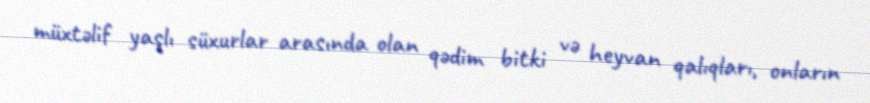
müxtəlif yaşlı süxurlar arasında olan qədim bitki və heyvan qalıqları, onların